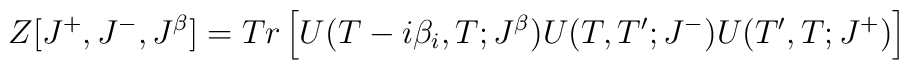
Z[J^+, J^-, J^{\beta}]= Tr \left[ U(T-i\beta_i,T;J^{\beta})U(T,T';J^-)U(T',T;J^+) \right]